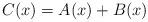
LaTeX: \begin{align*}C(x) = A(x) + B(x)\end{align*}